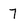
Character: 7